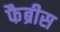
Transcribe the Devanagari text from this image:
फैब्रीस